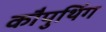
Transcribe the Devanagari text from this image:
कौपुथिंग